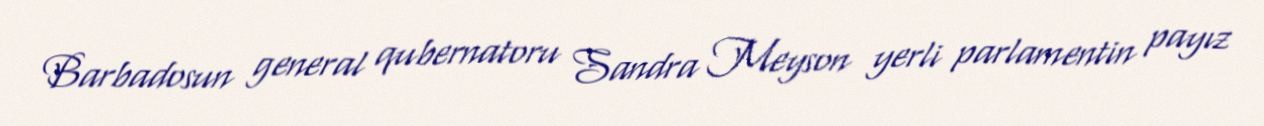
Barbadosun general qubernatoru Sandra Meyson yerli parlamentin payız